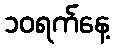
၁၀ရက်နေ့